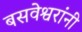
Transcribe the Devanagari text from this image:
बसवेश्वरांनी